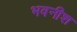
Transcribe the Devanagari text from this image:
भवनीश